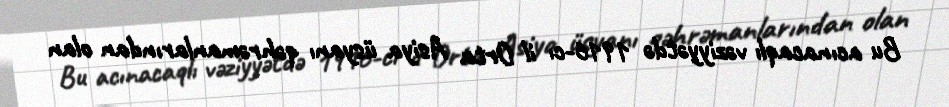
Bu acınacaqlı vəziyyətdə 1916-cı il Orta Asiya üsyanı qəhrəmanlarından olan